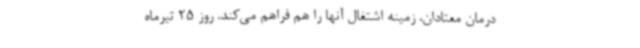
درمان معتادان، زمینه اشتغال آنها را هم فراهم می‌کند. روز 25 تیرماه